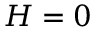
H = 0